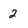
Character: 2